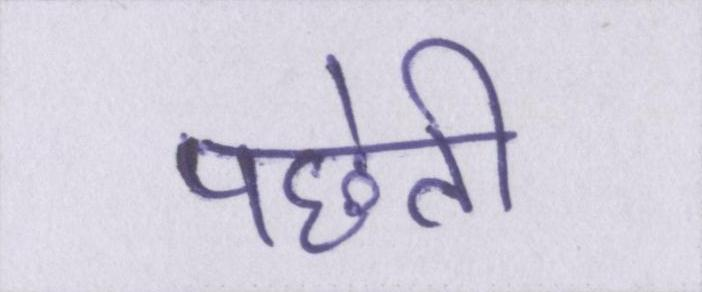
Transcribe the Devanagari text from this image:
पछेती